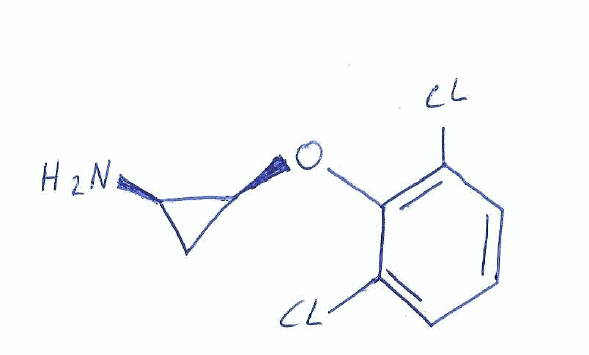
Simplified molecular-input line-entry system (SMILES) notation of the given molecule:
C1[C@H]([C@H]1OC2=C(C=CC=C2Cl)Cl)N